Problem: 12 × 9 = ?
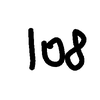
Handwritten answer: 108